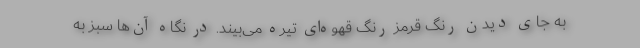
به جای دیدن رنگ قرمز رنگ قهوه‌ای تیره می‌بیند. در نگاه آن‌ها سبز به